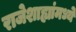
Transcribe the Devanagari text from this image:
राजेशाह्यांमध्ये